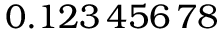
0 . 1 2 3 \, 4 5 6 \, 7 8